NAE_EAOK_eestikeelsed_sunnimeetrikad, lk 254
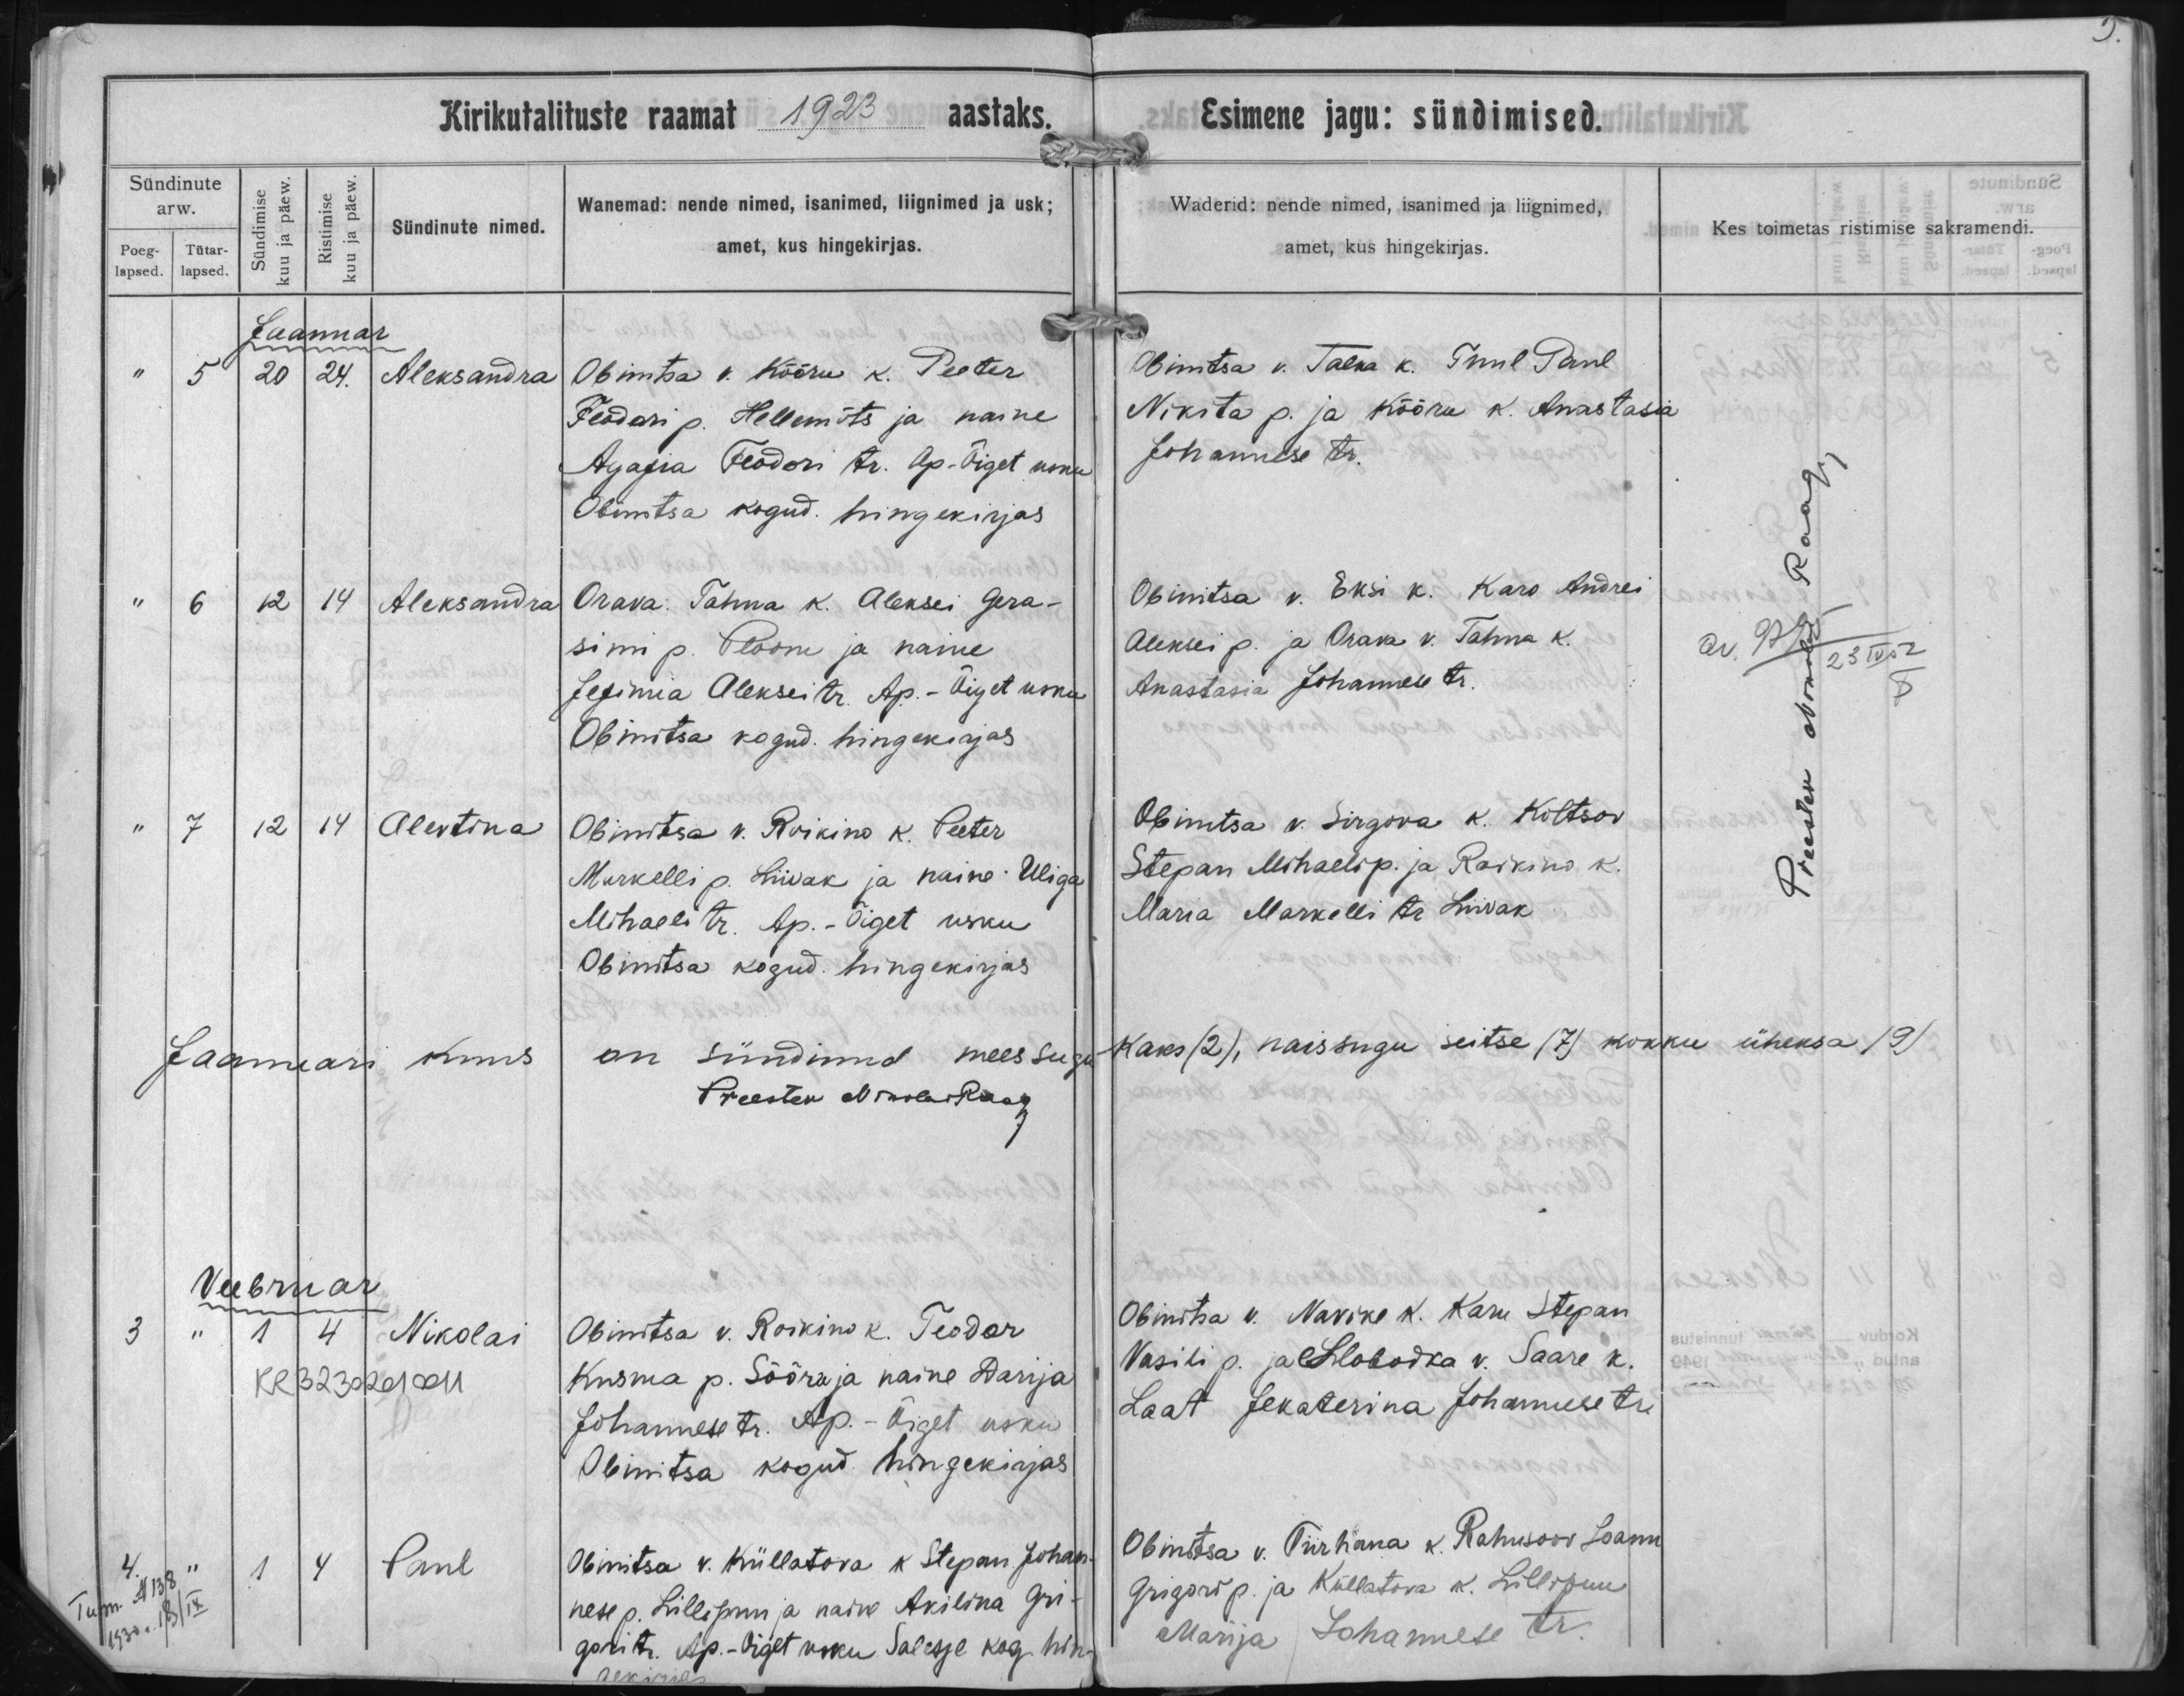
Aleksandra

Aleksandra

Alevtina

Nikolai

Paul

Obinitsa v. Kõõru k. Peeter
Feodori p. Hellemõts ja naine
Agajia Feodori tr. Ap.-Õiget usku
Obinitsa kogud. hingekirjas

Orava Tahna k. Aleksei Gera-
simi p. Ploom ja naine
Jefimia Aleksei tr. Ap.-Õiget usku
Obinitsa kogud. hingekirjas

Obinitsa v. Roikino k. Peeter
Markelli p. Liivak ja naine Uliga
Mihaeli tr. Ap.-Õiget usku
Obinitsa kogud. hingekirjas

Obinitsa v. Roikino k. Teodor
Kusma p. Sõõraja naine Rasija
Johannese tr. Ap.-Õiget usku
Obinitsa kogud. hingekirjas

Obinitsa v. Küllatora k Stepan Johan-
nese p. Lillepuu ja naine Akilina Gri-
gori tr. Ap.-Õiget usku Salesje kog. hin-
gekirjas.